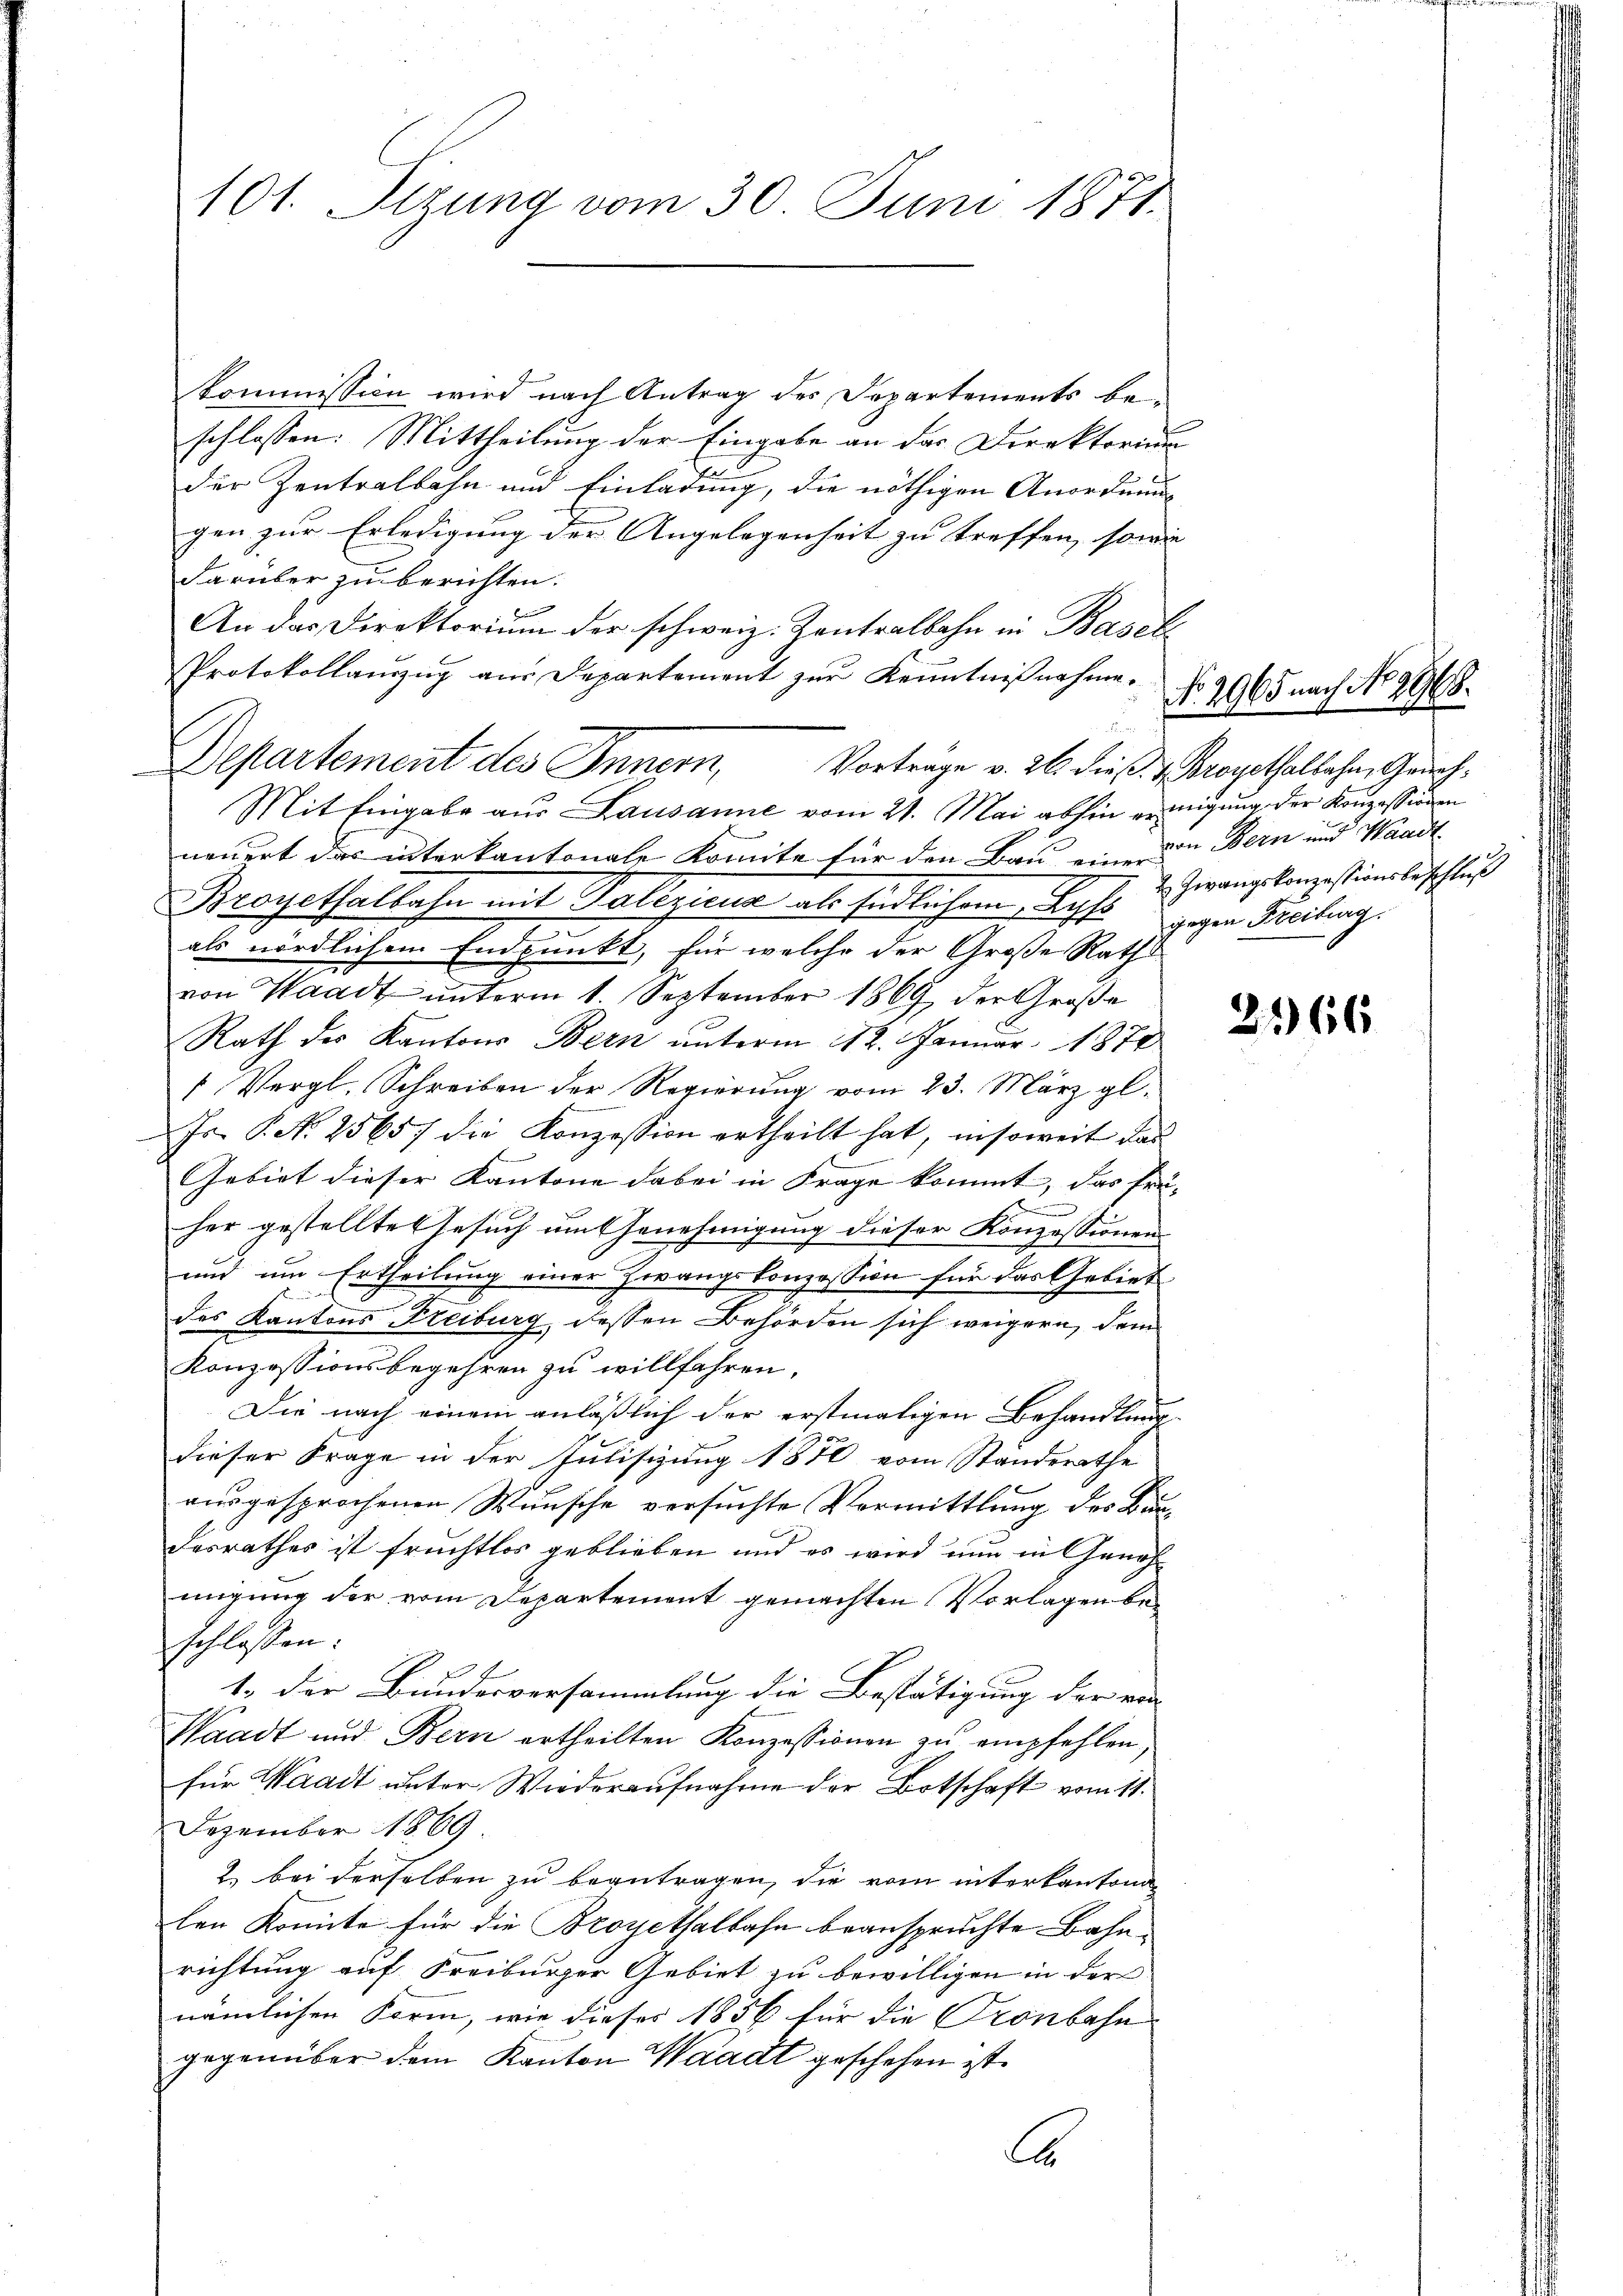
101. Sizung vom 30. Juni 1871.

kommission wird nach Antrag des Departements beschlossen: Mittheilung der Eingabe an der Direktorium
der Zentralbahn und Einladung, die nöthigen Anordnung
gen zur Erledigung der Angelegenheit zu treffen, sowie
darüber zu berichten.
An das Direktorium der schweiz. Zentralbahn in Baseli
Mit Eingabe aus Lausanne vom 21. Mai abhin einigung der Konzessionen
neuert das interkantonale konnte für den Bau eine die Bern und Waadt
Broyethalbahn mit Vollzieur als Endlichem Kopfs gegen Freitung.
als nördlichem Endpunkt, für welche der Große Rath
von Waadt ŭnterm 1. September 1869 der Große
Rath des Kantons Bern unterm 12. Januar 1879
" Vergl. Schreiben der Regierŭng vom 23. März gl.
Jr. P. Nr. 25657 die Konzession ertheilt hat, insoweit das
Gebiet dieser Kantone dabei in Frage kommt, das früher gestellte Gesuch um Genehmigung dieser Konzessionen
und um Ertheilung einer Zwangskonzession für das Gebiet
des Kantons Freiburg dessen Behörden sich weigern, dem
Konzessionsbegehren zu willfahren,
Die nach einem anläßlich der erstmaligen Behandlung
dieser Frage in der Julisizung 1870 vom Ständerathe
ausgesprochenen Wunsche versuchte Vermittlung des Bundesrathes ist fruchtlos geblieben und es wird nun in Genehmigung der vom Departement gemachten Vorlagen beschlossen:
1. Der Bundesversammlung die Bestätigung der ein
Waadt und Bern ertheilten Konzessionen zu empfehlen,
für Waadt unter Wiederaufnahme der Botschaft vom 11.
Dezember 1869
2) bei derselben zu beantragen, die vom interkantona
len Komite für die Broyethalbahn beanspruchte Bahnrichtung auf Freiburger Gebiet zu bewilligen in der
nämlichen Form, wie dieses 1856 für die Cronbahn
gegenüber dem Kanton Waadt geschehen ist.
E

Protokollanzug aus Departement zur Kenntnißnahme.
Departement des Innern,
Vortrage v. 26. dieß. Broyethalbahn, Grach¬

No. 2965 nach No. 296.
 Zwangskonzessionsbeschluß

2166